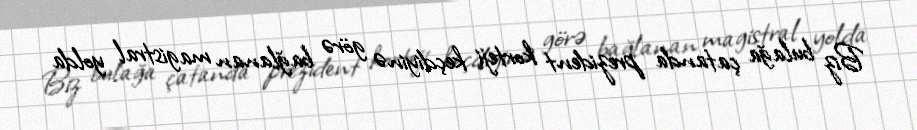
Biz bulağa çatanda prezident korteji keçdiyinə görə bağlanan magistral yolda